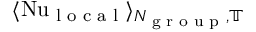
\langle \mathrm { N u } _ { \textrm { l o c a l } } \rangle _ { N _ { \textrm { g r o u p } } , \mathbb { T } }